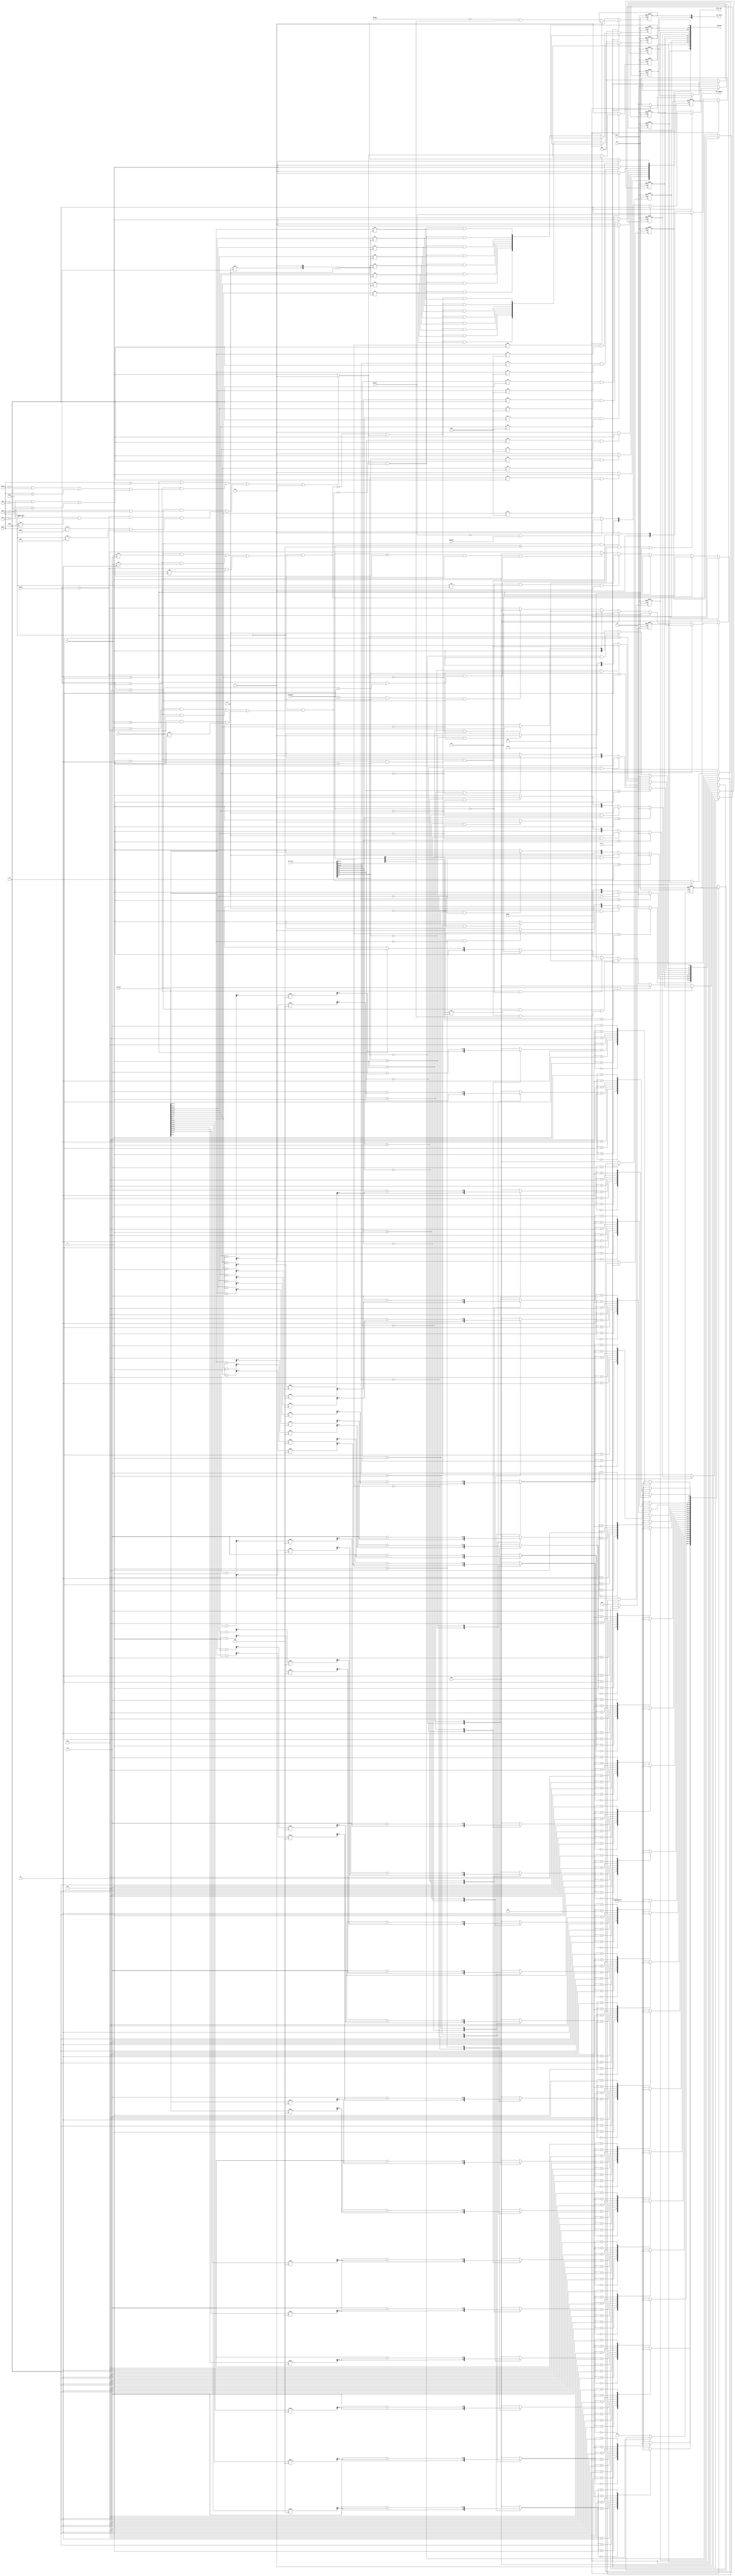
module intra_util(
	clk,
	rst_n,
	arst_n,
	bStop,
	bStop1,
	mode,
	tuSize,
	X,
	Y,
	preStage,
	ref_pos,     //i
	ref_flag,   //i
	options,
	ramIdxMapping,
	idx_mapped_,
	isInter,
	modeHor,
	opt_recon,
	unFil_opt_
);
	parameter							isChroma=0;
	input					clk,rst_n,arst_n,bStop,bStop1;
	input [5:0]				mode;
	input [2:0]				tuSize;
	input [2:0]				X,Y;
	input [47:0] 			ref_pos;
	input [15:0] 			ref_flag;
	input [3*8-1:0]  		ramIdxMapping;
	input [3:0] 			preStage;
	input					isInter,modeHor;
	
	output	[53:0]   		options;
	output 	reg [3*24-1:0]	idx_mapped_;
	output	[2:0]			opt_recon;
	output 	[1:0]			unFil_opt_;
	
	reg 	[1:0]			opt_,opt;
	reg     				en_result;

	wire noFilter1= (tuSize ==2) || mode == 6'd1;
	wire noFilter22 = (mode== 6'd10) || (mode== 6'd9) || (mode== 6'd11) ;
	wire noFilter23 = (mode== 6'd25) || (mode== 6'd26) || (mode== 6'd27) ;
	wire noFilter2 = (tuSize ==4) && (noFilter23 || noFilter22);
	wire noFilter3 =  (tuSize ==5 ) && (mode == 10 || mode == 26) ;
	wire noFilter4 = ((tuSize == 3) && (mode!=0 && mode!=2)) && (mode!=18 && mode!=34);
	
	reg [5:0] pos [7:0];
	reg [5:0] pos_plus1 [7:0];
	reg [5:0] pos_minus1 [7:0];
	reg [1:0] flag [7:0];   //0 top,  1 left, 2 top_left 
	reg [1:0] midLtRt_opt[7:0];
	reg [15:0] midLtRt_opt_; 
	
	reg [2:0] ramIdx [7:0];
	reg [1:0] pixIdx [7:0];

	reg [2:0] ramIdx_left [7:0];
	reg [1:0] pixIdx_left [7:0];
	reg [2:0] ramIdx_right [7:0];
	reg [1:0] pixIdx_right [7:0];
	
	wire [2:0] idx_mapping[7:0];

	reg [2:0] idx_mapped[7:0],idx_mapped_lt[7:0],idx_mapped_rt[7:0];
	
	reg   isBuf,isBuf1,refFilter;
	
	reg   [2:0] bottomL_opt,topR_opt,DC_opt;
	reg   [2:0] bottomL_opt_,topR_opt_,DC_opt_;
	
	reg [1:0]		unFil_opt,unFil_opt_;
	reg	[7:0]		n_tl_n_63_,n_tl_n_63;
	
	wire x33 = (X==3 && Y==3);
	wire x11 = (X==1 && Y==1);
	wire dc5 = (tuSize == 3'd5 && preStage == 4'd8);
	wire dc4 = (tuSize == 3'd4 && x33);
	wire dc3 = (tuSize == 3'd3 && x11);
	wire  isBuf_ = (mode == 6'd0 && ( (tuSize==3'd5 && X!=4'd7)  || (tuSize==3'd4 && X!=4'd3) ||  (tuSize==3'd3 && X!=4'd1)  ));
	wire  isBuf1_ = (mode==6'd0 && (( tuSize ==3'd5 && X==4'd7 )|| (tuSize==3'd4 && X==4'd3) 
							|| (tuSize==3'd3 && X==4'd1 && Y!=1) ));
	wire  refFilter_ = ( (noFilter1 || noFilter2) || (noFilter3 || noFilter4 ) || isChroma)? 0:1;
	assign {idx_mapping[0],idx_mapping[1],idx_mapping[2],idx_mapping[3],
			idx_mapping[4],idx_mapping[5],idx_mapping[6],idx_mapping[7]} = ramIdxMapping;
	
	wire [5:0]   maxIdx = (((1<<tuSize)<<1)-1);
	wire [7:0]	 pos_neq_maxIdx = {pos[7]!=maxIdx,pos[6]!=maxIdx,pos[5]!=maxIdx,pos[4]!=maxIdx,pos[3]!=maxIdx,pos[2]!=maxIdx,pos[1]!=maxIdx,pos[0]!=maxIdx};
	reg [7:0]	 pos_neq_maxIdx_buf1, pos_neq_maxIdx_buf;
	reg			 n_isBuf_refFilter,n_isBuf1_refFilter;
	always @(posedge clk or negedge arst_n)	begin
		if(!arst_n)	begin
			{isBuf,isBuf1,refFilter,midLtRt_opt_,idx_mapped_,topR_opt_,bottomL_opt_,DC_opt_,
			n_isBuf_refFilter,n_isBuf1_refFilter,pos_neq_maxIdx_buf,pos_neq_maxIdx_buf1,
			n_tl_n_63} <= 0;
			{opt_,en_result} <= 0;
			unFil_opt_ <= 0;
			end
		else if(!rst_n)	begin
			{isBuf,isBuf1,refFilter,midLtRt_opt_,idx_mapped_,topR_opt_,bottomL_opt_,DC_opt_,
			n_isBuf_refFilter,n_isBuf1_refFilter,pos_neq_maxIdx_buf,pos_neq_maxIdx_buf1,
			n_tl_n_63} <= 0;
			{opt_,en_result} <= 0;
			unFil_opt_ <= 0;
			end
		else	begin
			if(!bStop)	begin
				isBuf <= isBuf_;
				isBuf1	<= isBuf1_;
				refFilter <= refFilter_;
				midLtRt_opt_ <= {midLtRt_opt[0],midLtRt_opt[1],midLtRt_opt[2],midLtRt_opt[3]
								 ,midLtRt_opt[4],midLtRt_opt[5],midLtRt_opt[6],midLtRt_opt[7]};
				idx_mapped_ <= {idx_mapped[0],idx_mapped[1],idx_mapped[2],idx_mapped[3],
							idx_mapped[4],idx_mapped[5],idx_mapped[6],idx_mapped[7],
							idx_mapped_lt[0],idx_mapped_lt[1],idx_mapped_lt[2],idx_mapped_lt[3],
							idx_mapped_lt[4],idx_mapped_lt[5],idx_mapped_lt[6],idx_mapped_lt[7],
							idx_mapped_rt[0],idx_mapped_rt[1],idx_mapped_rt[2],idx_mapped_rt[3],
							idx_mapped_rt[4],idx_mapped_rt[5],idx_mapped_rt[6],idx_mapped_rt[7]};
				topR_opt_ <= topR_opt;
				bottomL_opt_ <= bottomL_opt;
				DC_opt_ <= DC_opt;
				n_isBuf_refFilter <= !isBuf_  && refFilter_;
				n_isBuf1_refFilter <= !isBuf1_  && refFilter_;
				pos_neq_maxIdx_buf <=  {!isBuf_&& refFilter_ && pos_neq_maxIdx[7],
										!isBuf_&& refFilter_ && pos_neq_maxIdx[6],
										!isBuf_&& refFilter_ && pos_neq_maxIdx[5],
										!isBuf_&& refFilter_ && pos_neq_maxIdx[4],
										!isBuf_&& refFilter_ && pos_neq_maxIdx[3],
										!isBuf_&& refFilter_ && pos_neq_maxIdx[2],
										!isBuf_&& refFilter_ && pos_neq_maxIdx[1],
										!isBuf_&& refFilter_ && pos_neq_maxIdx[0]};
				pos_neq_maxIdx_buf1 <=  {!isBuf1_ && refFilter_ && pos_neq_maxIdx[7],
										!isBuf1_ && refFilter_ && pos_neq_maxIdx[6],
										!isBuf1_ && refFilter_ && pos_neq_maxIdx[5],
										!isBuf1_ && refFilter_ && pos_neq_maxIdx[4],
										!isBuf1_ && refFilter_ && pos_neq_maxIdx[3],
										!isBuf1_ && refFilter_ && pos_neq_maxIdx[2],
										!isBuf1_ && refFilter_ && pos_neq_maxIdx[1],
										!isBuf1_ && refFilter_ && pos_neq_maxIdx[0]};	
				unFil_opt_ <= unFil_opt;				//###
				n_tl_n_63 <= n_tl_n_63_;
				{opt_,en_result} <= {opt,!bStop1 && preStage[3]};
			end
		end
	end
	
	
	
	always@(*)	begin
			bottomL_opt = 4;
			topR_opt = 4;
		if (preStage == 4'd2 && mode==0 && tuSize == 5) 
			bottomL_opt = 0;// temp_ref[4]; 
		if (preStage == 4'd3 && mode==0 && tuSize == 5)
			topR_opt= 0;	
			
		if (dc4) 
			bottomL_opt = 1;//bottom_left_pixel = isChroma?refm[2]:refm_121FIR[2]; 
		if (preStage == 4'd0 && mode!=6'd1 && tuSize == 4)
			topR_opt=1;
			
		if (dc3)	begin
			bottomL_opt = 2;
			topR_opt = 2;
			end
		if (tuSize==2) begin
			bottomL_opt = 3;
			topR_opt =3;
			end
			
		
		if((tuSize==5 ) && (preStage[0]==preStage[1]))
			DC_opt = 0;//DC_x[d] = pixel[idx_mapping[d[3:2]]][d[1:0]];
		else if(((tuSize==5 ) && (preStage[0]!=preStage[1])) || (dc4 && preStage[3]) ) 
			DC_opt = 1;//DC_x[d] = pixel[idx_mapping[{1'b1,d[3:2]}]][d[1:0]];  
		else if (tuSize ==4 && preStage==0)
			DC_opt = 2;//DC_x[d] = pixel[idx_mapping[d[3:2]]][d[1:0]];
		else if(dc3)
			DC_opt = 3;
		else if (tuSize==3'd2)
			DC_opt = 4;
		else
			DC_opt = 5;
			
		unFil_opt =0;
		if(dc5)
			unFil_opt =1;
		if(dc4 || dc3 || tuSize==3'd2)
			unFil_opt =2;

	end
	
	generate genvar t;
	for(t=0;t<8;t=t+1)begin: xt
		always @(*) begin 
			pos[t]   =  ref_pos[(47-6*t):(42-6*t)] ; 
			pos_plus1[t] = pos[t]+1;
			pos_minus1[t] = pos[t]-1;
			flag[t]  =  ref_flag[(15-2*t):(14-2*t)] ;
			pixIdx[t] = (pos[t]%4);
			pixIdx_left[t] = (pos_minus1[t]%4);
			pixIdx_right[t] = (pos_plus1[t]%4);
	
			if(flag[t]==3'd2)   begin
				midLtRt_opt [t] = 0;
			end 
			else  if(flag[t]==3'd0 && pos[t]==0) begin
				midLtRt_opt [t] = 1;
			end 
			else if (flag[t]==3'd1 && pos[t]==0) begin
				midLtRt_opt [t] = 2;
			end
			else begin
				midLtRt_opt [t] = 3;     
			end    
			
			if(flag[t]!=2 && pos[t]!=63)
			    n_tl_n_63_[t] = 1;
			else 
				n_tl_n_63_[t] = 0;
				
				
			case(flag[t])
			2'd0:begin 
				ramIdx[t] = ((pos[t]>>2)%8);
				ramIdx_right[t] = ((pos_plus1[t]>>2)%8);
				ramIdx_left[t] = ((pos_minus1[t]>>2)%8);
			end
			2'd1:begin
				ramIdx[t] = 7-((pos[t]>>2)%8);
				ramIdx_right[t] = 7-((pos_plus1[t]>>2)%8);
				ramIdx_left[t] = 7-((pos_minus1[t]>>2)%8);
			end
			default :begin
				ramIdx[t] = 0;
				ramIdx_right[t] = 0;
				ramIdx_left[t] = 0;
			end
			endcase
			
			idx_mapped[t] = idx_mapping[(ramIdx[t])];
			idx_mapped_lt[t] = idx_mapping[(ramIdx_left[t])];
			idx_mapped_rt[t] = idx_mapping[(ramIdx_right[t])];
			
		end	// end of always block
	end	// end of for 0-7
	endgenerate

	assign options = {isBuf,isBuf1,refFilter,midLtRt_opt_,topR_opt_,bottomL_opt_,DC_opt_,
	n_isBuf_refFilter,n_isBuf1_refFilter,pos_neq_maxIdx_buf,pos_neq_maxIdx_buf1,n_tl_n_63};
	
always @(*) begin
	opt = 0;
	if(!isInter && modeHor)
		opt =1;
	if(isInter)
		opt =2;
end

	assign  opt_recon = {opt_,en_result};
endmodule